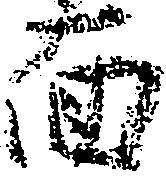
面